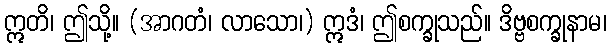
ဣတိ၊ ဤသို့။ (အာဂတံ၊ လာသော၊) ဣဒံ၊ ဤစက္ခုသည်။ ဒိဗ္ဗစက္ခုနာမ၊